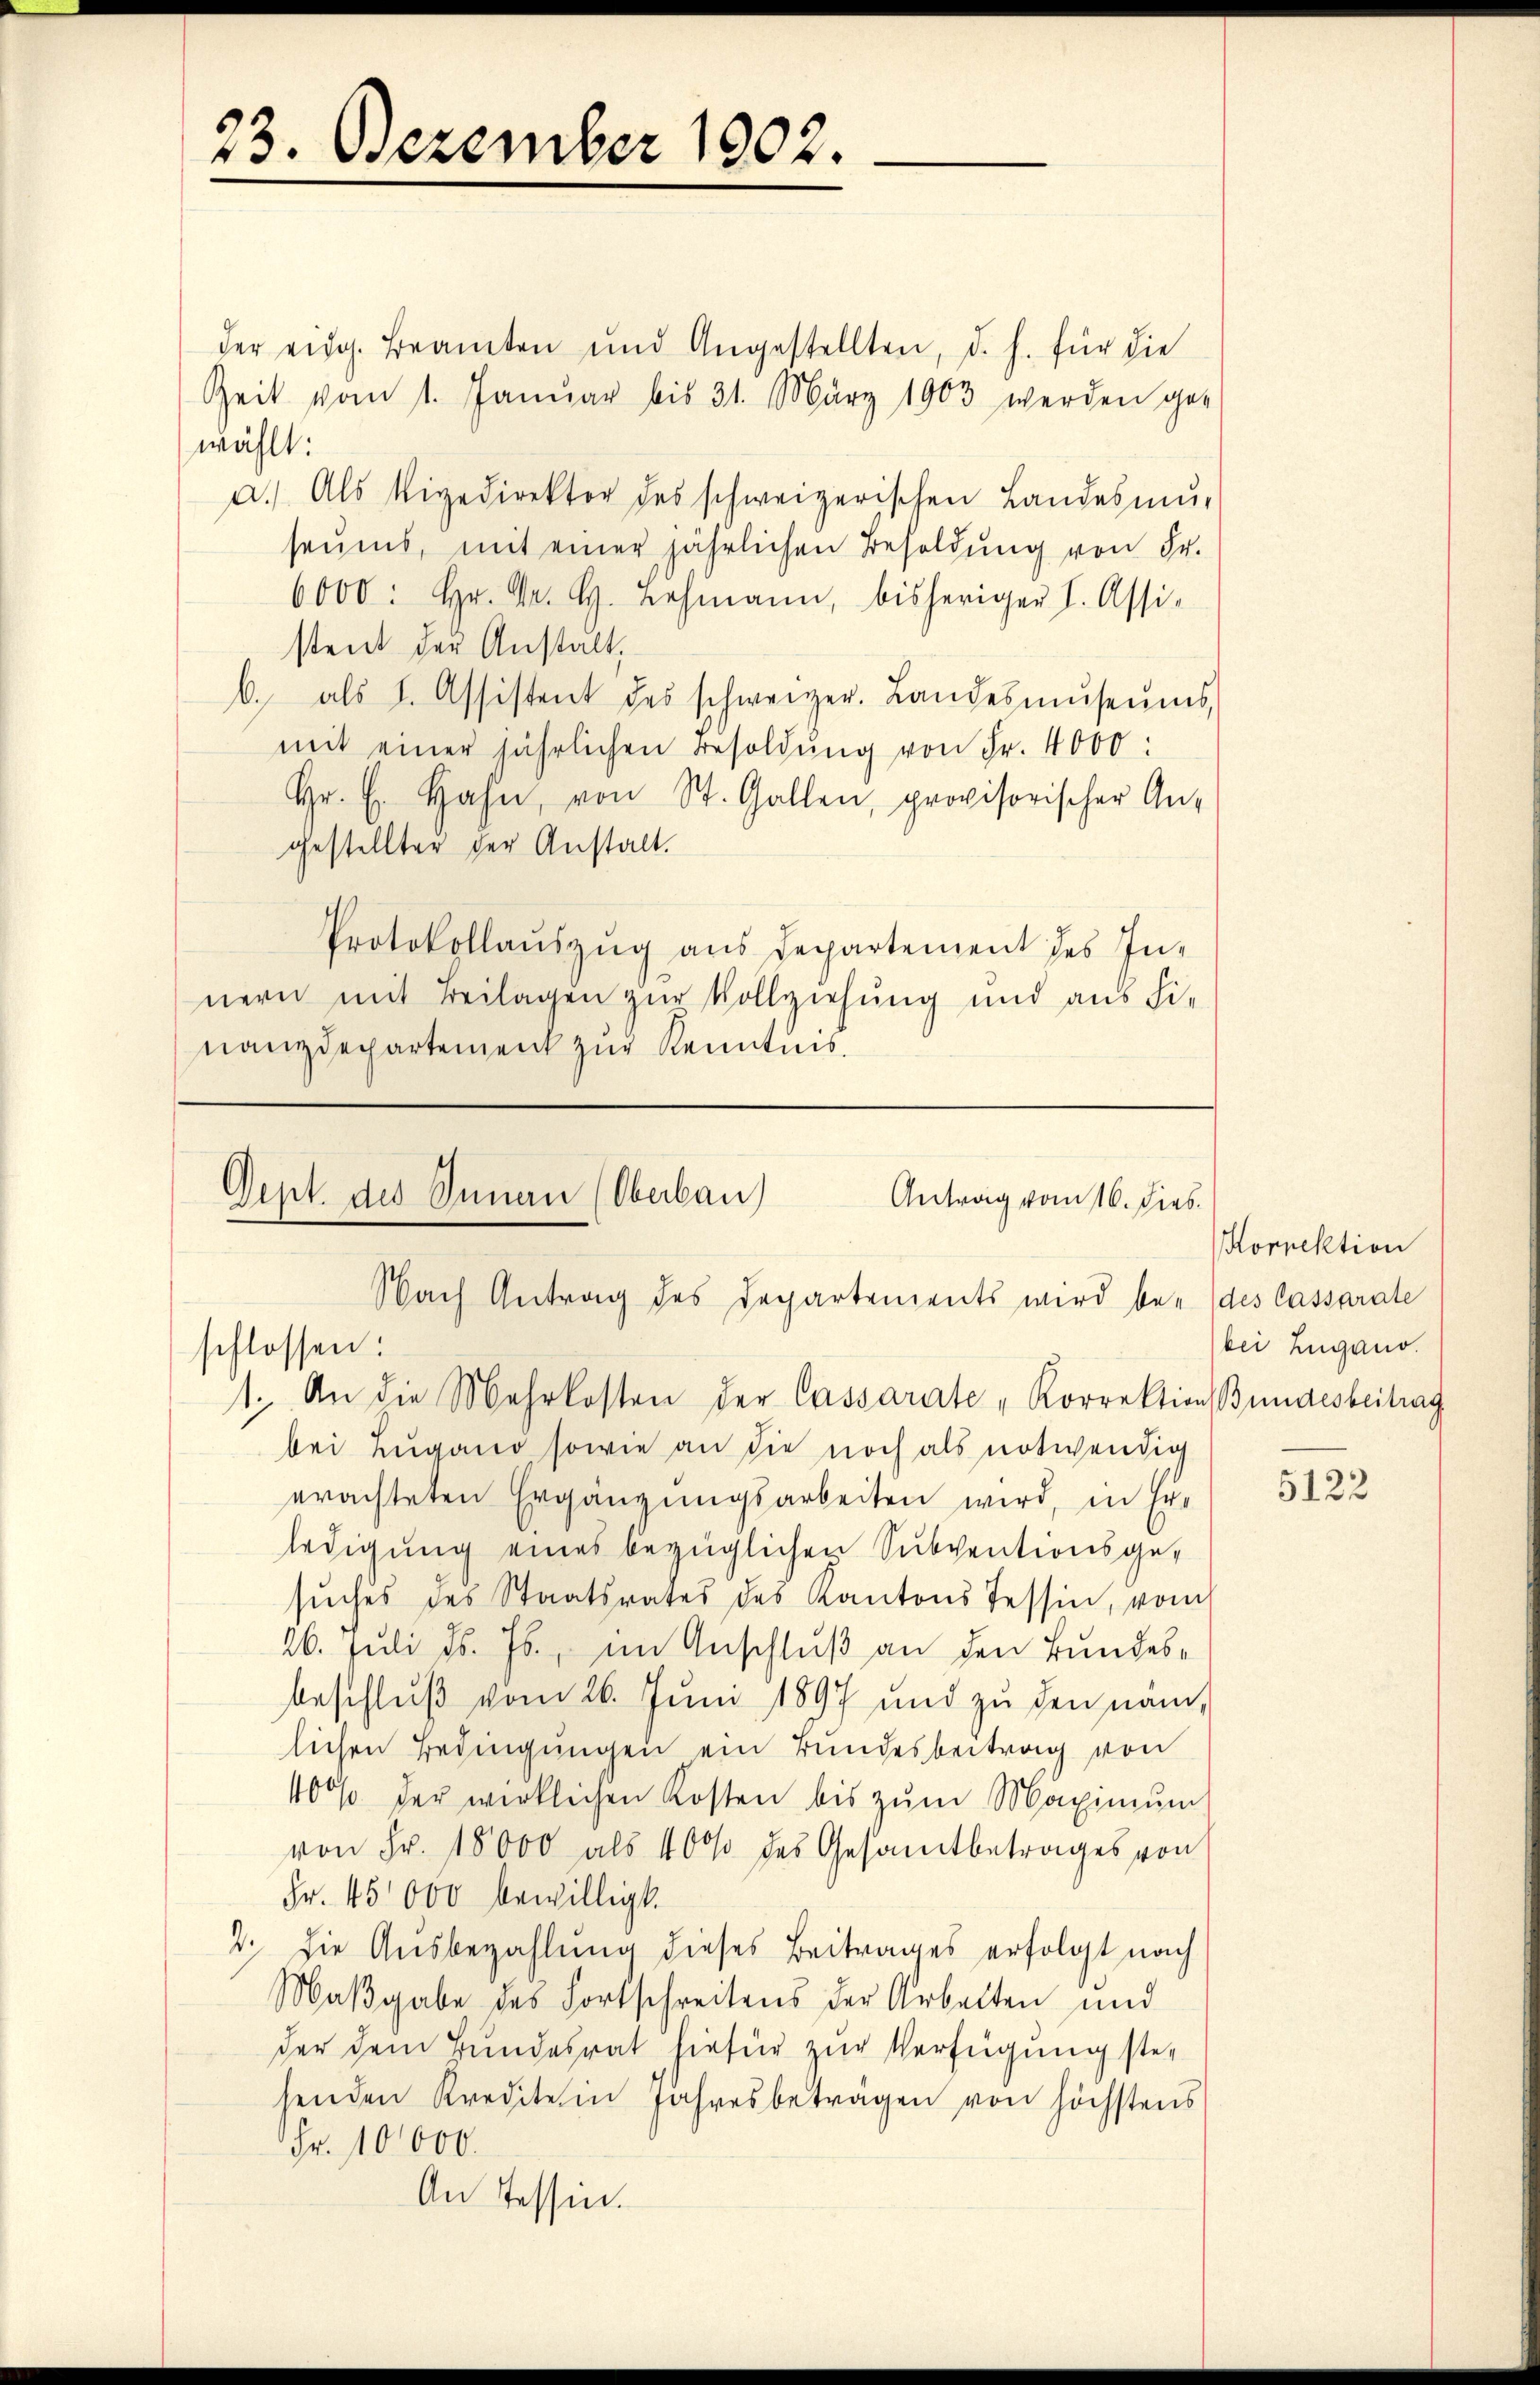
23. Dezember 1902.

der eidg. Beamten und Angestellten, d. h. für die
Zeit vom 1. Januar bis 31. März 1903 werden ge-
wählt:
a. Als Vigedirektor des schweizerischen Landesmŭ-
seums, mit einer jährlichen Besoldung von Fr.
6000: Hr. Dr. H. Lehmann, bisheriger L. Assi-
stent der Anstalt,
b. als 1. Assistent des schweizer. Landesmŭseŭms
mit einer jährlichen Besoldŭng von Fr. 4000:
hr. E. Hahn, von St. Gallen, provisorischer An-
gestellter der Anstalt.
Protokollaŭszŭg ans Departement des In-
nern mit Beilagen zur Vollziehung und aus Finanzdepartement zur Kenntnis.

Oept. des Innern (Oberbau
Antrag vom 16. Dies
Nach Antrag des Departements wird be- des Cassarale

schlossen:
1. An die Mehrkosten der Cassarate „Korrektion Bundesbeitrag
bei Lugano sowie an die noch als notwendig
erachteten Ergänzungsarbeiten wird, in Er-
ledigung eines bezüglichen Subventionsgesŭches des Staatsrates des Kantons Tessin, vom
26. Juli d. Js., im Anschluß an den Bundesbeschluß vom 26. Juni 1897 und zu den nam,
lichen Bedingungen ein Bundesbeitrag von
400% der wirklichen Kosten bis zŭm Maximum
von Fr. 15000 als 400 des Gesamtbetrages von
Fr. 45000 bewilligt.
2. Die Ausbezahlung dieses Beitrages erfolgt nach
Maßgabe des Fortschreitens der Arbeiten und
der dem Bundesrat hiefür zur Verfügung stesenden Kredite in Jahresbeträgen von höchstens
Fr. 10000.
An Tessin.

Korrektion
bei Zugano.

5122